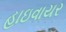
હાઇવાયર